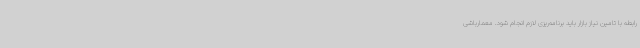
رابطه با تامین نیاز بازار باید برنامه‌ریزی لازم انجام شود. معمارباشی